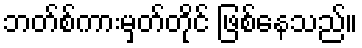
ဘတ်စ်ကားမှတ်တိုင် ဖြစ်နေသည်။